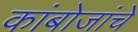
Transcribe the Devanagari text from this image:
कांबोजांचे